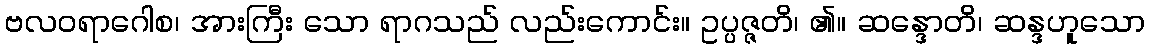
ဗလဝရာဂေါစ၊ အားကြီး သော ရာဂသည် လည်းကောင်း။ ဥပ္ပဇ္ဇတိ၊ ၏။ ဆန္ဒောတိ၊ ဆန္ဒဟူသော